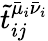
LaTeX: \tilde{t}_{ij}^{\bar{\mu}_{i}\bar{\nu}_{i}}